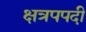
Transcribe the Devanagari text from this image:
क्षत्रपपदी